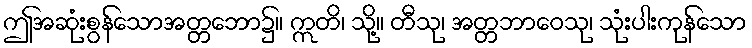
ဤအဆုံးစွန်သောအတ္တဘော၌။ ဣတိ၊ သို့။ တီသု၊ အတ္တဘာဝေသု၊ သုံးပါးကုန်သော